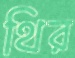
থির